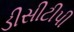
ડીસીટીપી